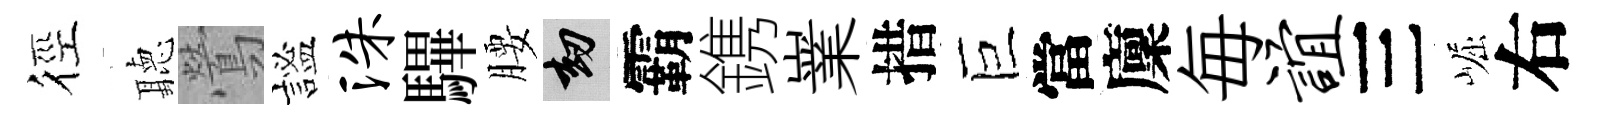
徑聽鶯謐洙驆腰劫霸鎸嶪措巨當廩毎谊三崛右